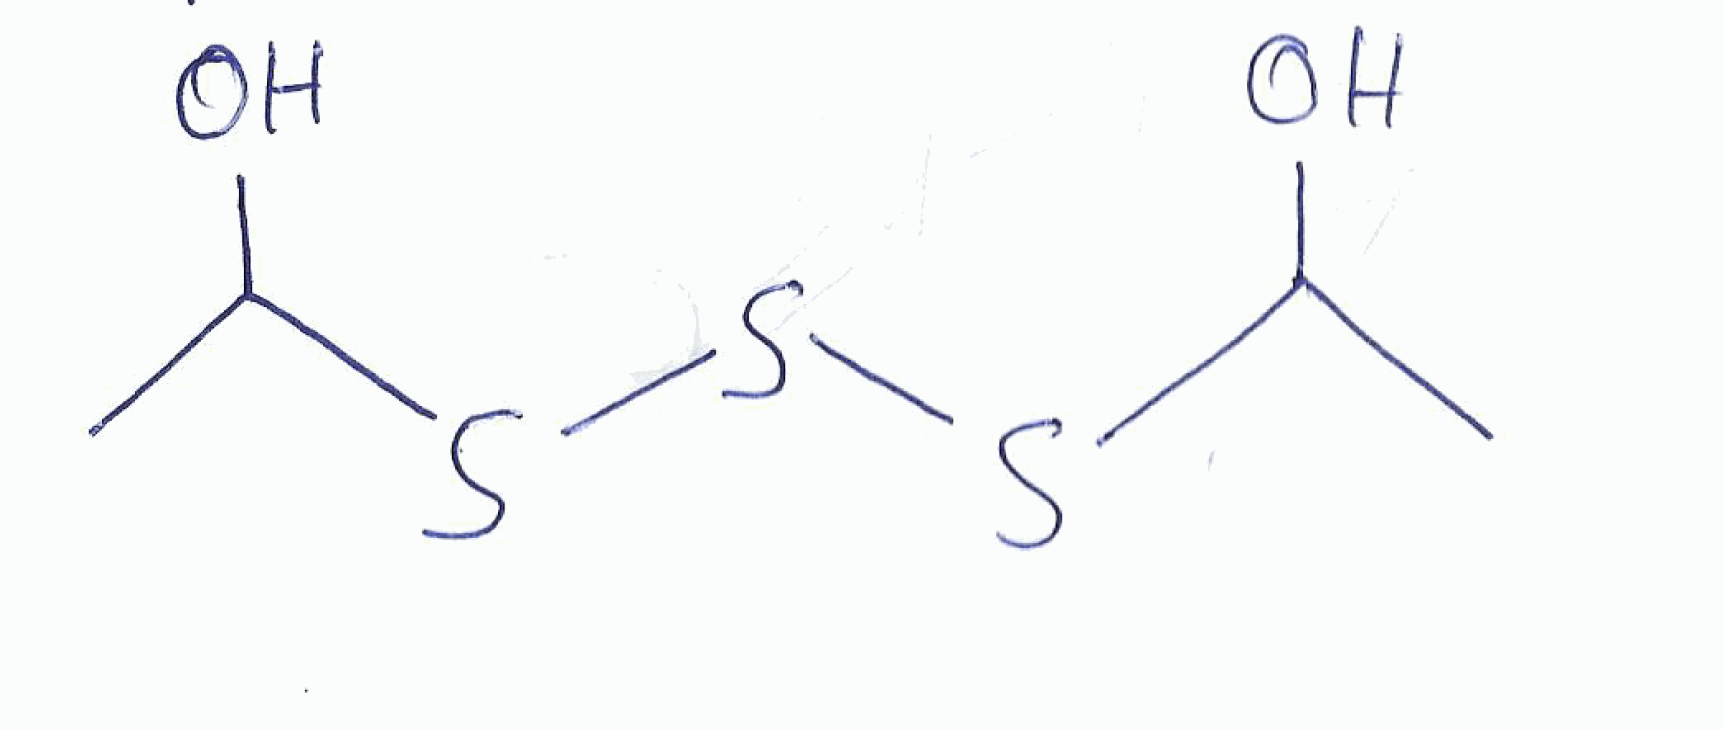
Simplified molecular-input line-entry system (SMILES) notation of the given molecule:
CC(O)SSSC(C)O